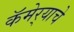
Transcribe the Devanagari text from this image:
कॅमेर्‍याचे